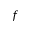
f